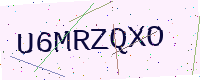
Text: U6MRZQXO